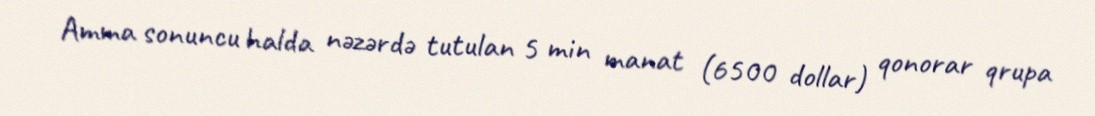
Amma sonuncu halda nəzərdə tutulan 5 min manat (6500 dollar) qonorar qrupa